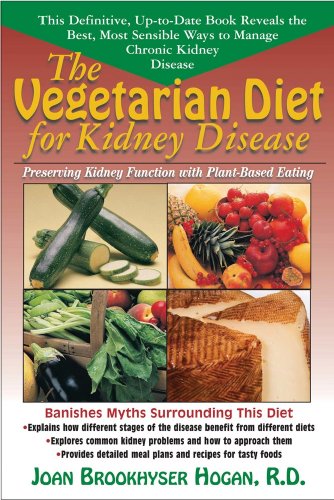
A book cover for The Vegetarian Diet for Kidney Disease: Preserving Kidney Function With Plant-based Eating; Joan Brookhyser Hogan; Health, Fitness & Dieting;